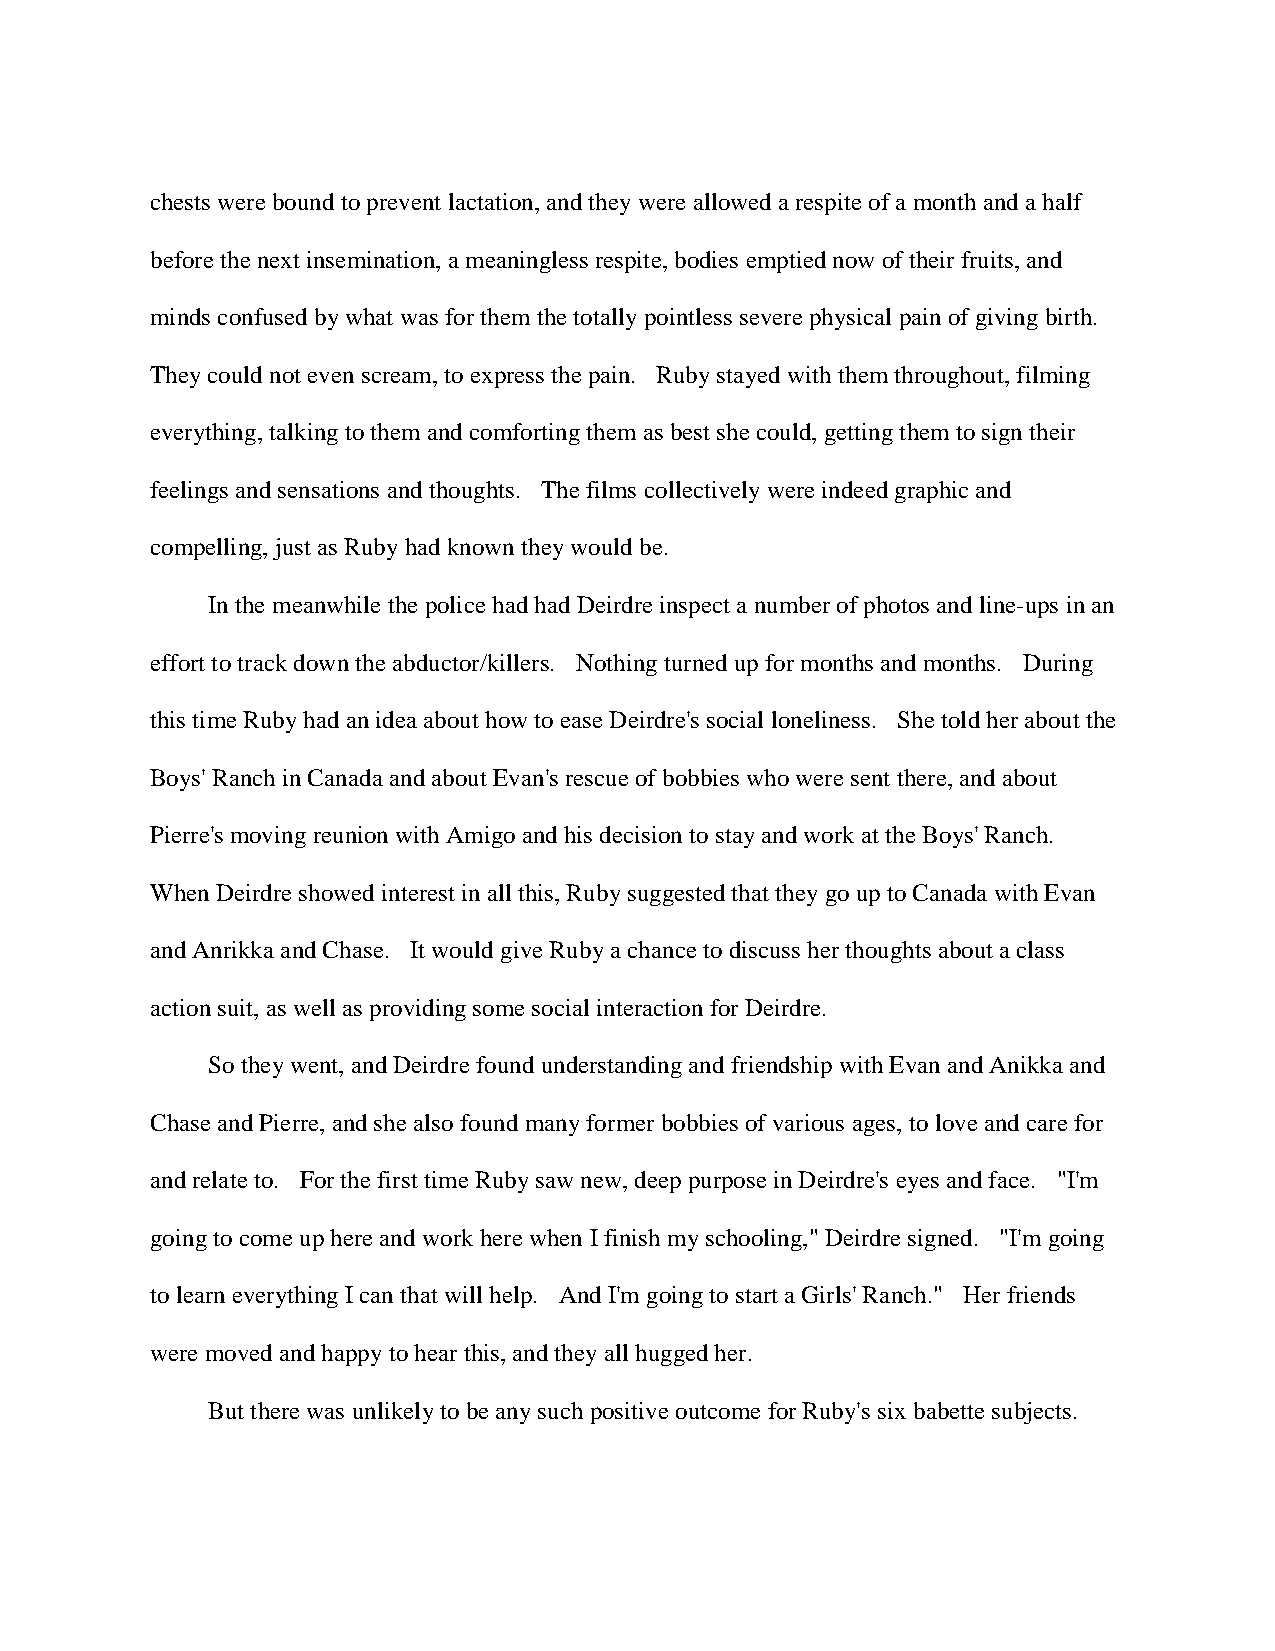
chests were bound to prevent lactation, and they were allowed a respite of a month and a half
 before the next insemination, a meaningless respite, bodies emptied now of their fruits, and
 minds confused by what was for them the totally pointless severe physical pain of giving birth.
 They could not even scream, to express the pain. Ruby stayed with them throughout, filming
 everything, talking to them and comforting them as best she could, getting them to sign their
 feelings and sensations and thoughts. The films collectively were indeed graphic and
 compelling, just as Ruby had known they would be.
 In the meanwhile the police had had Deirdre inspect a number of photos and line-ups in an
 effort to track down the abductor/killers. Nothing turned up for months and months. During
 this time Ruby had an idea about how to ease Deirdre's social loneliness. She told her about the
 Boys' Ranch in Canada and about Evan's rescue of bobbies who were sent there, and about
 Pierre's moving reunion with Amigo and his decision to stay and work at the Boys' Ranch.
 When Deirdre showed interest in all this, Ruby suggested that they go up to Canada with Evan
 and Anrikka and Chase. It would give Ruby a chance to discuss her thoughts about a class
 action suit, as well as providing some social interaction for Deirdre.
 So they went, and Deirdre found understanding and friendship with Evan and Anikka and
 Chase and Pierre, and she also found many former bobbies of various ages, to love and care for
 and relate to. For the first time Ruby saw new, deep purpose in Deirdre's eyes and face. "I'm
 going to come up here and work here when I finish my schooling," Deirdre signed. "I'm going
 to learn everything I can that will help. And I'm going to start a Girls' Ranch." Her friends
 were moved and happy to hear this, and they all hugged her.
 But there was unlikely to be any such positive outcome for Ruby's six babette subjects.